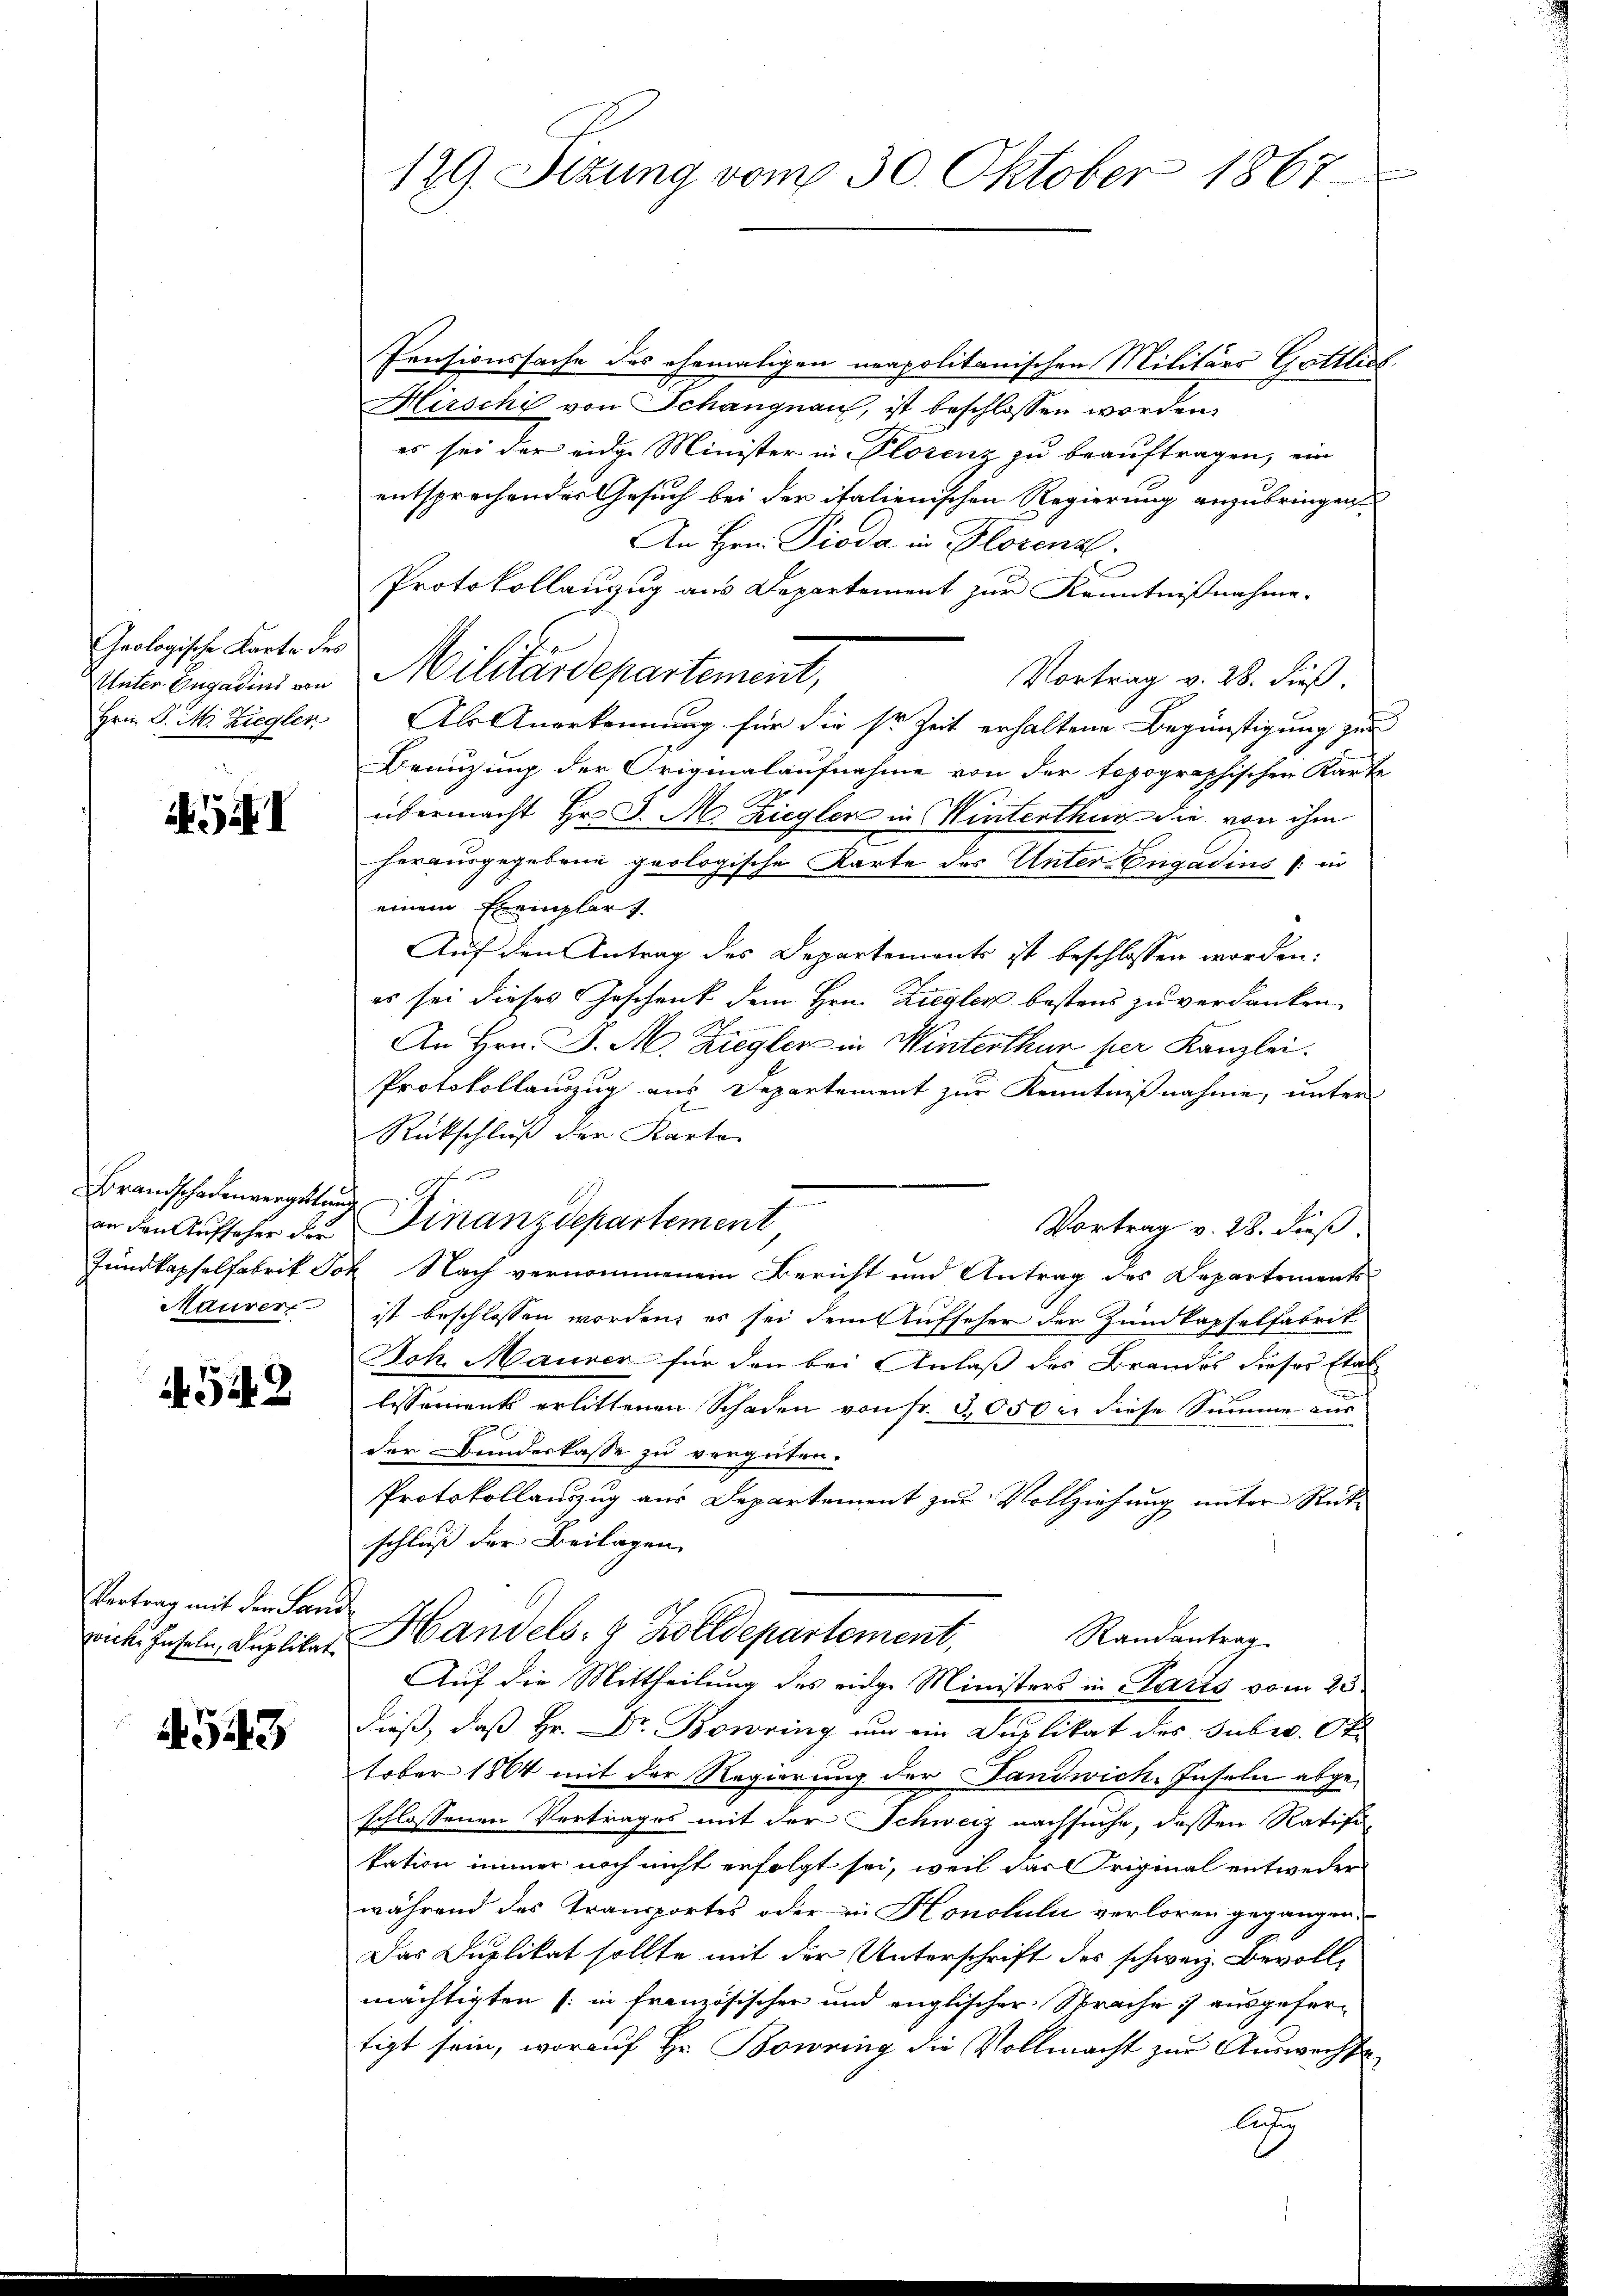
Geologische Karte des
Unter Engadins von
Hrn. P. M. Ziegler

. G

Brandschadenvergütung
an den Aufseher der
Maurer

4548

Vertrag mit der Landwicke Inseln, Duplikat

4543

129. Sizung vom 30. Oktober 1867

Pensionssache des ehemaligen neapolitanischen Militärs Gottlieb
Hirschi von Schangnau, ist beschlossen worden.
es sei der eidge Minister in Florenz zu beauftragen, ein
entsprechendes Gesuch bei der italienischen Regierung anzubringen
An Hrn. Pioda in Florenz.
Protokollanzug aus Departement zur Kenntnißnahme.
Militärdepartement,
Vortrag v. 28. dieß.
Als Anerkennung für die sr Zeit erhaltene Begünstigung zur
Benuzung der Originalaufnahme von der topographischen Karte
übermacht Hr. J. M. Ziegler in Winterthur die von ihm
herausgegebene geologische Karte des Unter-Engadius (in
einem Exemplar
Auf den Antrag des Departements ist beschlossen worden:
es sei dieses Geschenk dem Hrn. Ziegler bestens zu verdanken
An Hrn. F. M. Ziegler in Winterthur per Kanzlei.
Protokollauszug aus Departement zur Kenntnißnahme, unter
Rückschluß der Karte

Finanzdepartement
Vortrag v. 28. dieß.
Jundkapselfabrik Joh. Nach vernommenen Bericht und Antrag des Departements
ist beschlossen worden, es sei dem Aufseher der Zundkapselfabrik
Joh. Maurer für den bei Anlaß des Brandes dieses Etab
lissements erlittenen Schaden von fr. 3050 u. diese Summe aus
der Bundeskasse zu vergüten.
Protokollauszug aus Departement zur Vollziehung unter Rückschluß der Beilagen.
Handels- & Zolldepartement,
Randantrag.
Auf die Mittheilung des eidge Ministers in Paris vom 25
dieß, daß Hr. Dr. Bowring um ein Duplikat des Suber. Ot
tober 1864 mit der Regierung der Landwich. Inseln abgeschlossenen Vertrages mit der Schweiz nachsuche, dessen Ratifi
kation immer noch nicht erfolgt sei, weil das Original entweder
während des Transportes oder in Honotulii verloren gegangen.
Das Duplikat sollte mit der Unterschrift des schweiz. Bevollmächtigten (: in französischen und englischer Sprache ausgefertigt sein, worauf Hr. Bowing die Vollmacht zur Auswechse
leg